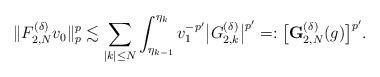
LaTeX: \begin{align*}\|{F}^{(\delta)}_{2,N}v_0\|_p^p\lesssim\sum_{|k|\le N}\int_{\eta_{k-1}}^{\eta_k}v_1^{-p'}\bigl|G_{2,k}^{(\delta)}\bigr|^{p'}=:\bigl[\mathbf{G}^{(\delta)}_{2,N}(g)\bigr]^{p'}.\end{align*}